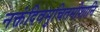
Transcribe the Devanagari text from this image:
नक्तंदिवमुचितमीशानि